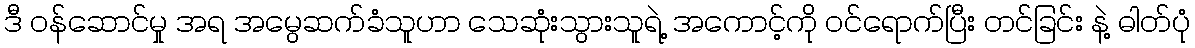
ဒီ ဝန်ဆောင်မှု အရ အမွေဆက်ခံသူဟာ သေဆုံးသွားသူရဲ့ အကောင့်ကို ဝင်ရောက်ပြီး တင်ခြင်း နဲ့ ဓါတ်ပုံ